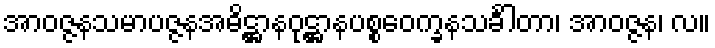
အာဝဇ္ဇနသမာပဇ္ဇနအဓိဋ္ဌာနဝုဋ္ဌာနပစ္စဝေက္ခနသင်္ခါတာ၊ အာဝဇ္ဇန၊ လ။